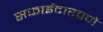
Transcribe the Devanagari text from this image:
सफाईदारपणे